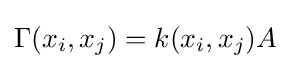
\Gamma (x_{i},x_{j})=k(x_{i},x_{j})A